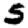
Digit: 5